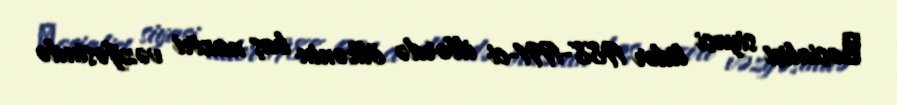
Ыosialist siyasi lider 1988-1991-ci illərdə ölkənin baş naziri vəzifəsində